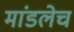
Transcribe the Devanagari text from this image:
मांडलेच